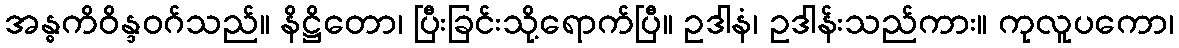
အန္ဓကိဝိန္ဒဝဂ်သည်။ နိဋ္ဌိတော၊ ပြီးခြင်းသို့ရောက်ပြီ။ ဥဒါနံ၊ ဥဒါန်းသည်ကား။ ကုလူပကော၊